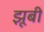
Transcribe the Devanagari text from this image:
झूबी